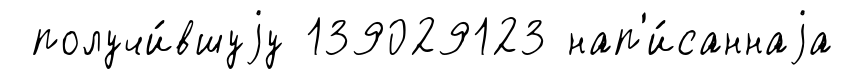
получи́вшуjу 139029123 нап'и́саннаjа